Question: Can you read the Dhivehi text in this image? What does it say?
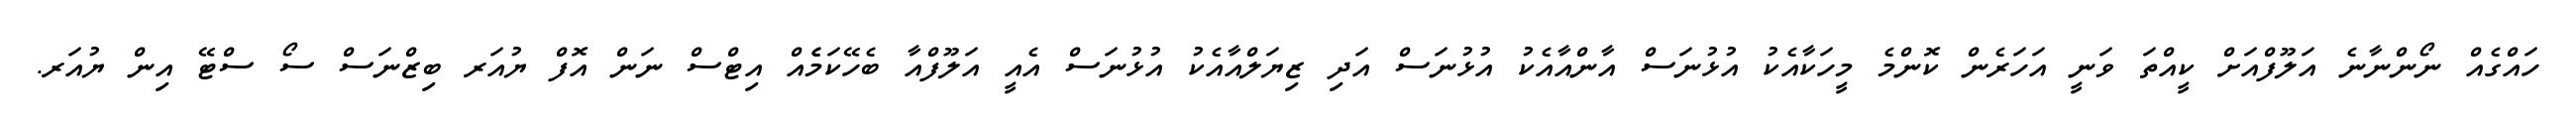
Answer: ހައްގެއް ނޯންނާނެ އަލޫފްއަށް ކީއްތަ ވަނީ އަހަރެން ކޮންމެ މީހަކާއެކު އުޅުނަސް އާންއާއެކު އުޅުނަސް އަދި ޒިޔަލްއާއެކު އުޅުނަސް އެއީ އަލޫފްއާ ބެހޭކަމެެއް އިޓްސް ނަން އޮފް ޔުއަރ ބިޒްނަސް ސޯ ސްޓޭ އިން ޔުއަރ.